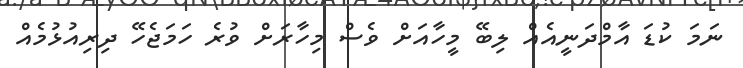
ނަމަ ކުޑަ އާމްދަނީއެއް ލިބޭ މީހާއަށް ވެސް މިހާރަށް ވުރެ ހަމަޖެހޭ ދިރިއުޅުމެއް